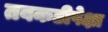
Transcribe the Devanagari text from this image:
तबकडीपेक्षा